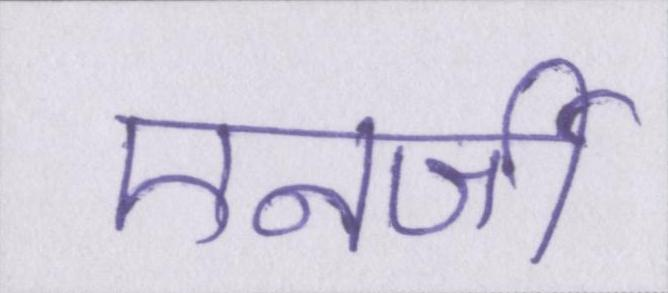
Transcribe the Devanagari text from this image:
एनर्जी